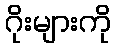
ဂိုးများကို